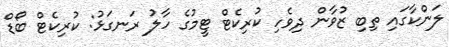
ލަންކާގައި ތިބި ޒުވާން ދިވެހި ކުރިކެޓް ޓީމުގެ ހާލު ރަނގަޅު: ކުރިކެޓް ބޯޑް